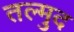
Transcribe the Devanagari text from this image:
तल्मुद